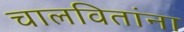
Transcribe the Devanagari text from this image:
चालवितांना